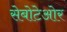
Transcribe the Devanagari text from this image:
सेबोटेओर